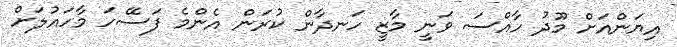
އިޔަންއަށް މޫދު ހާއްސަ ވަނީ މާޒީ ހަނދާން ކުރަން އެންމެ ފަސޭހަ މާހައުލަށް